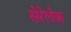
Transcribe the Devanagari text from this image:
सेरेलेक